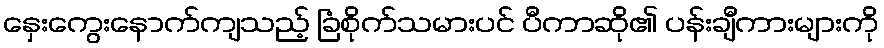
နှေးကွေးနောက်ကျသည့် ခြံစိုက်သမားပင် ပီကာဆို၏ ပန်းချီကားများကို